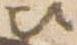
次